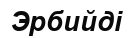
Эрбийді